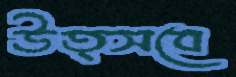
উত্সবে